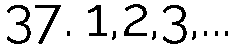
37. 1,2,3,...